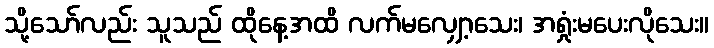
သို့သော်လည်း သူသည် ထိုနေ့အထိ လက်မလျှော့သေး၊ အရှုံးမပေးလိုသေး။